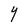
Character: Y